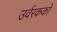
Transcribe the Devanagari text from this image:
उर्वरककों